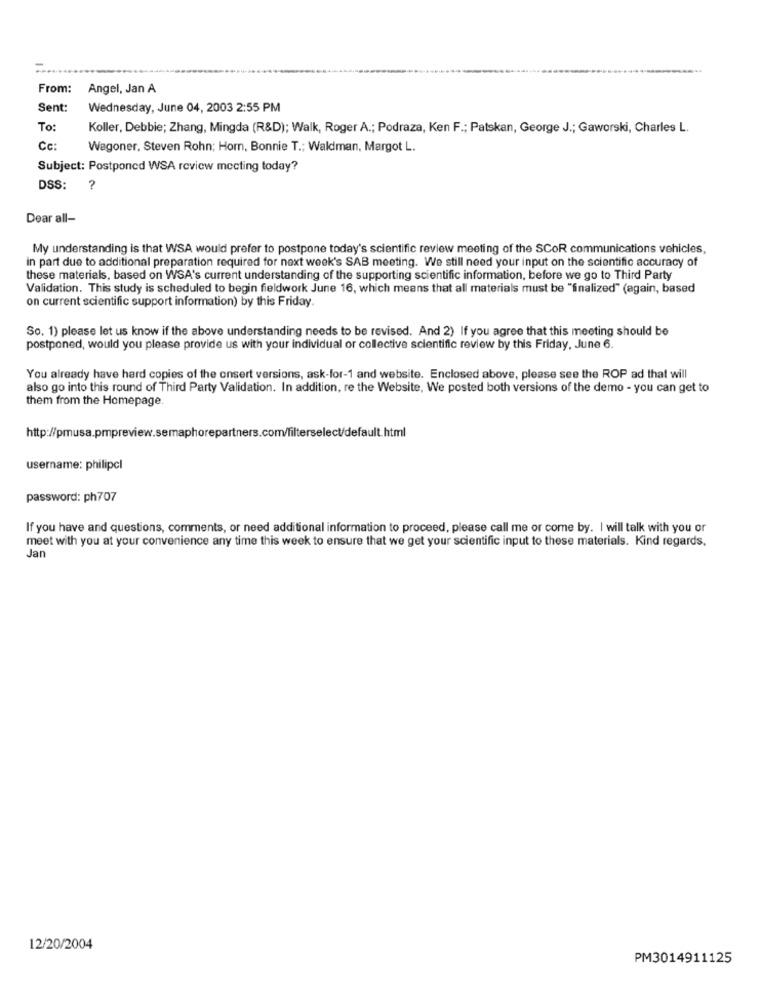
From:
Angel, Jan A
Sent:
Wednesday, June 04, 2003 2:55 PM
To:
Koller, Debbie; Zhang, Mingda (R&D); Walk, Roger A .; Podraza, Ken F .; Patskan, George J .; Gaworski, Charles L.
Cc:
Wagoner, Steven Rohn; Horn, Bonnie T .; Waldman, Margot L.
Subject: Postponed WSA review meeting today?
DSS:
?
Dear all-
My understanding is that WSA would prefer to postpone today's scientific review meeting of the SCOR communications vehicles,
in part due to additional preparation required for next week's SAB meeting. We still need your input on the scientific accuracy of
these materials, based on WSA's current understanding of the supporting scientific information, before we go to Third Party
Validation. This study is scheduled to begin fieldwork June 16, which means that all materials must be "finalized" (again, based
on current scientific support information) by this Friday.
So. 1) please let us know if the above understanding needs to be revised. And 2) If you agree that this meeting should be
postponed, would you please provide us with your individual or collective scientific review by this Friday, June 6.
You already have hard copies of the onsert versions, ask-for-1 and website. Enclosed above, please see the ROP ad that will
also go into this round of Third Party Validation. In addition, re the Website, We posted both versions of the demo - you can get to
them from the Homepage.
http://pmusa.pmpreview.semaphorepartners.com/filterselect/default.html
username: philipcl
password: ph707
If you have and questions, comments, or need additional information to proceed, please call me or come by. I will talk with you or
meet with you at your convenience any time this week to ensure that we get your scientific input to these materials. Kind regards,
Jan
12/20/2004
PM3014911125